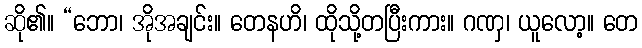
ဆို၏။ “ဘော၊ အိုအချင်း။ တေနဟိ၊ ထိုသို့တပြီးကား။ ဂဏှ၊ ယူလော့။ တေ